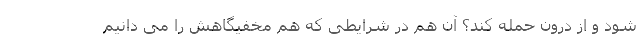
شود و از درون حمله کند؟ آن هم در شرایطی که هم مخفیگاهش را می دانیم